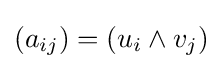
\left(a_{ij}\right)=\left(u_{i}\land v_{j}\right)